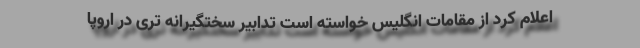
اعلام کرد از مقامات انگلیس خواسته است تدابیر سختگیرانه تری در اروپا